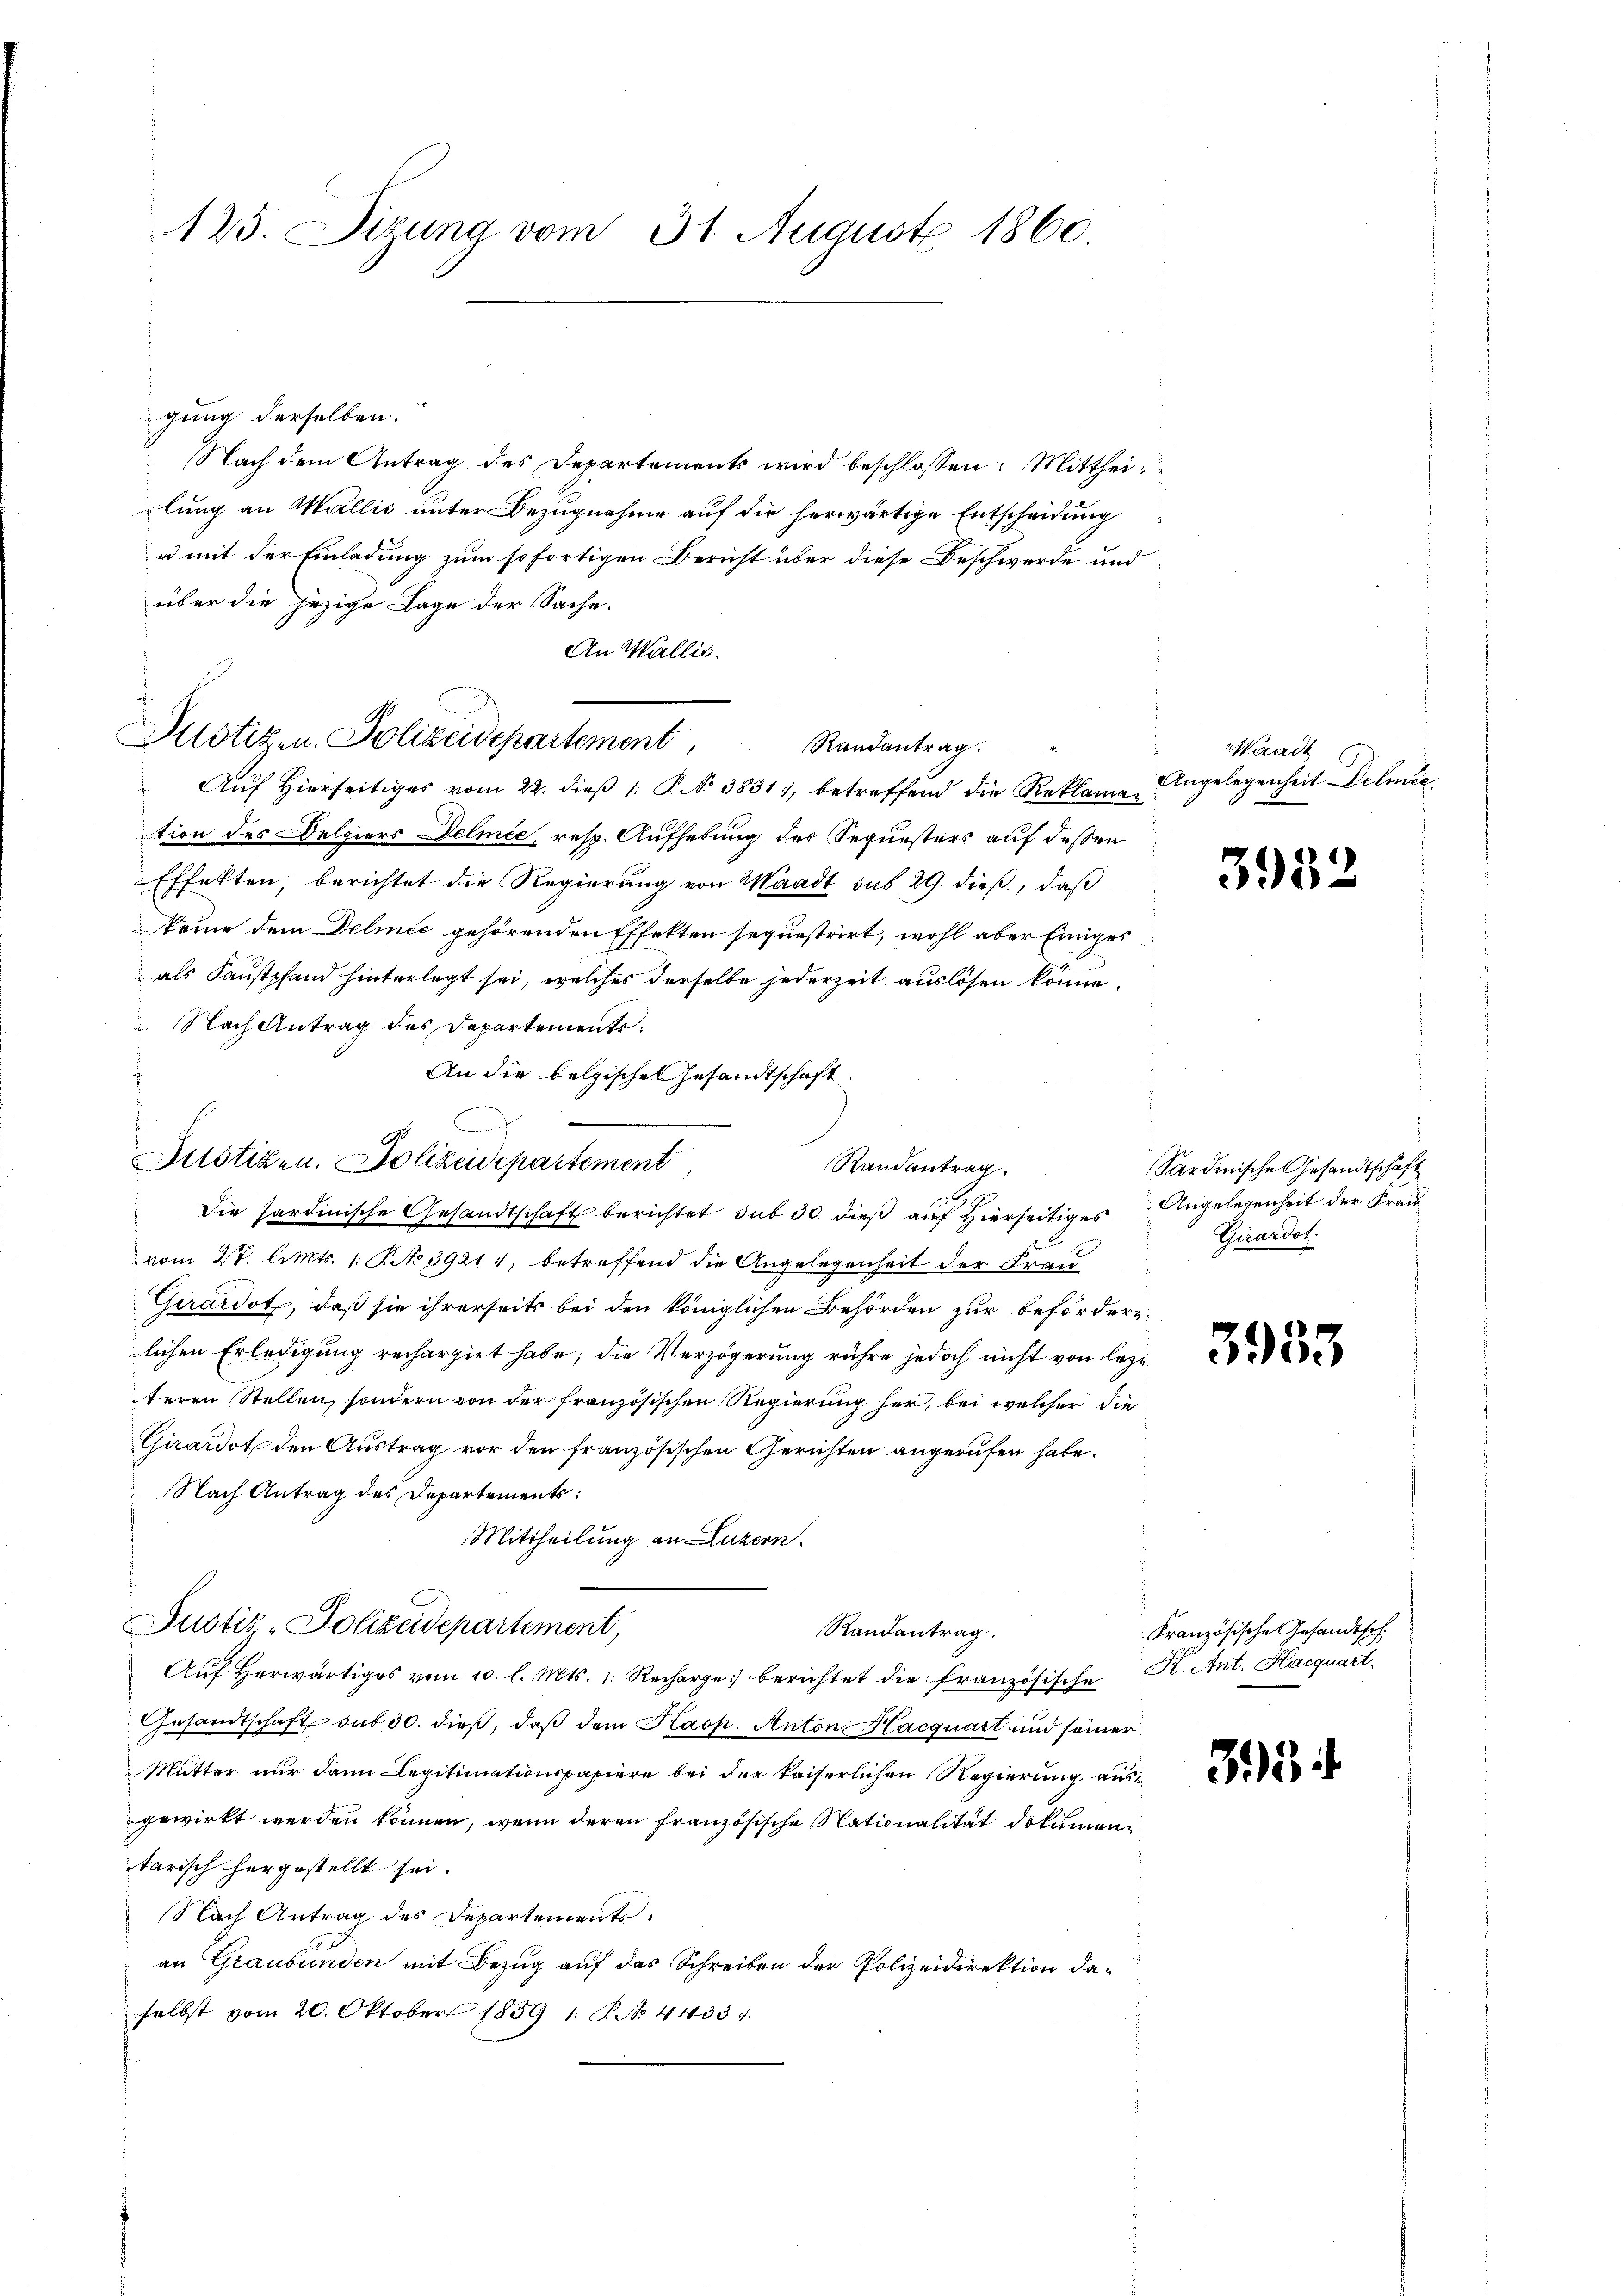
125. Sitzung vom 31. August 1860.

gung derselben.
Nach dem Antrag des Departements wird beschlossen: Mittheilung an Wallis unter Bezugnahme auf die herwärtige Entscheidung
u mit der Einladung zum sofortigen Bericht über diese Beschwerde und
über die jezige Lage der Sache.
An Wallis.
Randantrag
Auf Hierseitiges vom 22. dieß 1: P. No 3831), betreffend die Reklamation des Delpiers Delmée, resp. Aufhebung des Sequesters auf dessen
Effekten, berichtet die Regierung von Waadt sub 29. dieß, daß
keine dem Delmee gehörenden Effekten sequestrirt, wohl aber Einiges
als Faustpfand hinterlegt sei, welches derselbe jederzeit auslösen könne.
 Nach Antrag des Departements.
An die belgisches Gesandtschaft
f
Randantrag.
Die sardinische Gesandtschaft berichtet sub 30. dieß auf Hierseitige Angelegenheit der Frau
vom 27. Okt. 1 P. No 39211, betreffend die Angelegenheit der Frau
Girardot, daß sie ihrerseits bei den königlichen Behörden zur befördernlichen Erledigung rechargirt habe; die Verzögerung rühre jedoch nicht von lezt
teren Stellen, sondern von der französischen Regierung her, bei welcher die
Girardot den Austrag vor den französischen Gerichten angerufen habe.
Nach Antrag des Departements:
Mittheilung an Luzern.
Justiz-Polizeidepartement,
Randantrag.
Aŭf herwärtiges vom 10. l. Mts. 1. Recharge berichtet die Französische K. Ant. Haequart
Gesandtschaft sub 30. dieß, daß dem Kasp. Anton Hacquart und seiner
 Mutter nur dann Legitimationspapiere bei der kaiserlichen Regierung aus
gewirkt werden können, wenn deren französische Nationalität dokumen
tarisch hergestellt sei.
Nach Antrag des Departements
an Graubünden mit Bezug auf das Schreiben der Polizeidirektion daselbst vom 20. Oktober 1859 1. P. No. 4433.

s

Justizen. Polizeidepartement

d
Justizen. Polizeidepartement

Waadt
Angelegenheit Delmee

3952

Sardinische Gesandtschaft
Girardot

3955

Kranzösische Gesandtsch

33